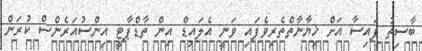
ބާސިތު ފައިސާ އަށް ޚިޔާނާތްތެރިވެފައި ވަނީ އެލައިޑް އިން ތާޑްޕާޓީ އިންސުއަރެންސް ކުރަން